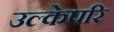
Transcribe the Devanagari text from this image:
उल्केपरि